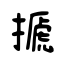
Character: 搋